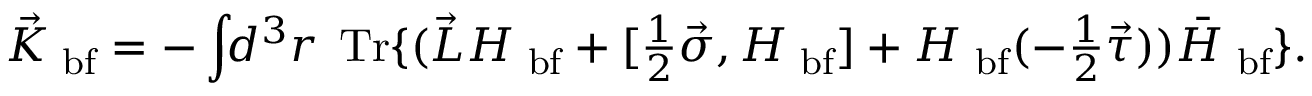
\vec { K } _ { { \mathrm { \scriptsize ~ b f } } } = - \int \! \! d ^ { 3 } r \; \textstyle \, \mathrm { T r } \{ ( { \vec { L } } H _ { { \mathrm { \scriptsize ~ b f } } } + [ \textstyle \frac 1 2 { \vec { \sigma } } , H _ { { \mathrm { \scriptsize ~ b f } } } ] + H _ { { \mathrm { \scriptsize ~ b f } } } ( - \textstyle \frac 1 2 { \vec { \tau } } ) ) { \bar { H } } _ { { \mathrm { \scriptsize ~ b f } } } \} .